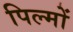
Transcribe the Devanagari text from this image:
पिल्मों